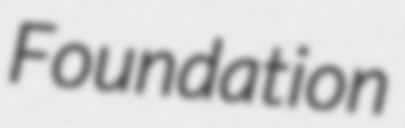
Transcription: Foundation